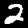
Label: 2